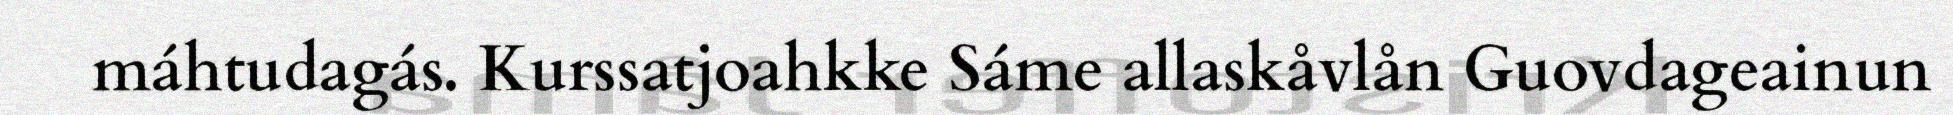
máhtudagás. Kurssatjoahkke Sáme allaskåvlån Guovdageainun